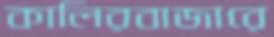
কালিরবাজারে